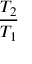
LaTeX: \frac { T _ { 2 } } { T _ { 1 } }